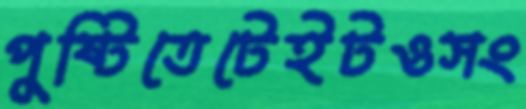
পুষ্টিতেটেইটওসং